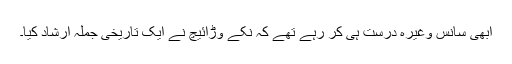
ابھی سانس وغیرہ درست ہی کر رہے تھے کہ نکے وڑائیچ نے ایک تاریخی جملہ ارشاد کیا۔